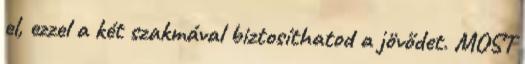
el, ezzel a két szakmával biztosíthatod a jövődet. MOST